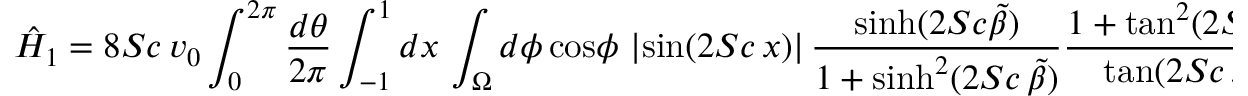
\hat { H } _ { 1 } = 8 S c \, v _ { 0 } \int _ { 0 } ^ { 2 \pi } { \frac { d \theta } { 2 \pi } } \int _ { - 1 } ^ { 1 } d x \, \int _ { \Omega } d \phi \, \mathrm { c o s } \phi \, \left| \mathrm { s i n } ( 2 S c \, x ) \right| { \frac { \mathrm { s i n h } ( 2 S c \tilde { \beta } ) } { 1 + \mathrm { s i n h } ^ { 2 } ( 2 S c \, \tilde { \beta } ) } } { \frac { 1 + \mathrm { t a n } ^ { 2 } ( 2 S c \, x ) } { \mathrm { t a n } ( 2 S c \, x ) } } \mathrm { e } ^ { i S }